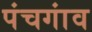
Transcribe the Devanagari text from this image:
पंचगांव